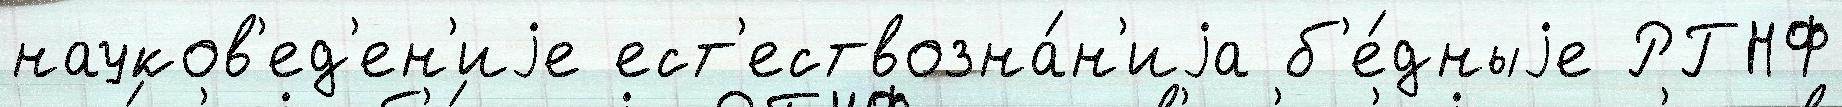
науков'ед'ен'иjе ест'ествозна́н'иjа б'е́дныjе РГНФ